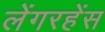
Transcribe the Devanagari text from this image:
लेंगरहेंस